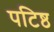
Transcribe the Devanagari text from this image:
पटिष्ठ